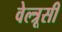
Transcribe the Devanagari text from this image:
वेल्त्रूसी